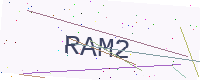
Text: RAM2